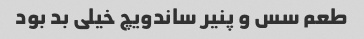
طعم سس و پنیر ساندویچ خیلی بد بود